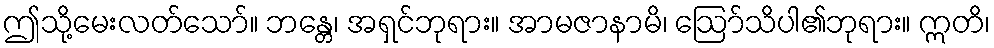
ဤသို့မေးလတ်သော်။ ဘန္တေ၊ အရှင်ဘုရား။ အာမဇာနာမိ၊ ဩော်သိပါ၏ဘုရား။ ဣတိ၊